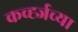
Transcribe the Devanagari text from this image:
कर्व्ह्जच्या